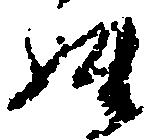
姓